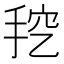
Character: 𰓦